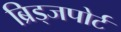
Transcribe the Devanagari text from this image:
ब्रिड्जपोर्ट